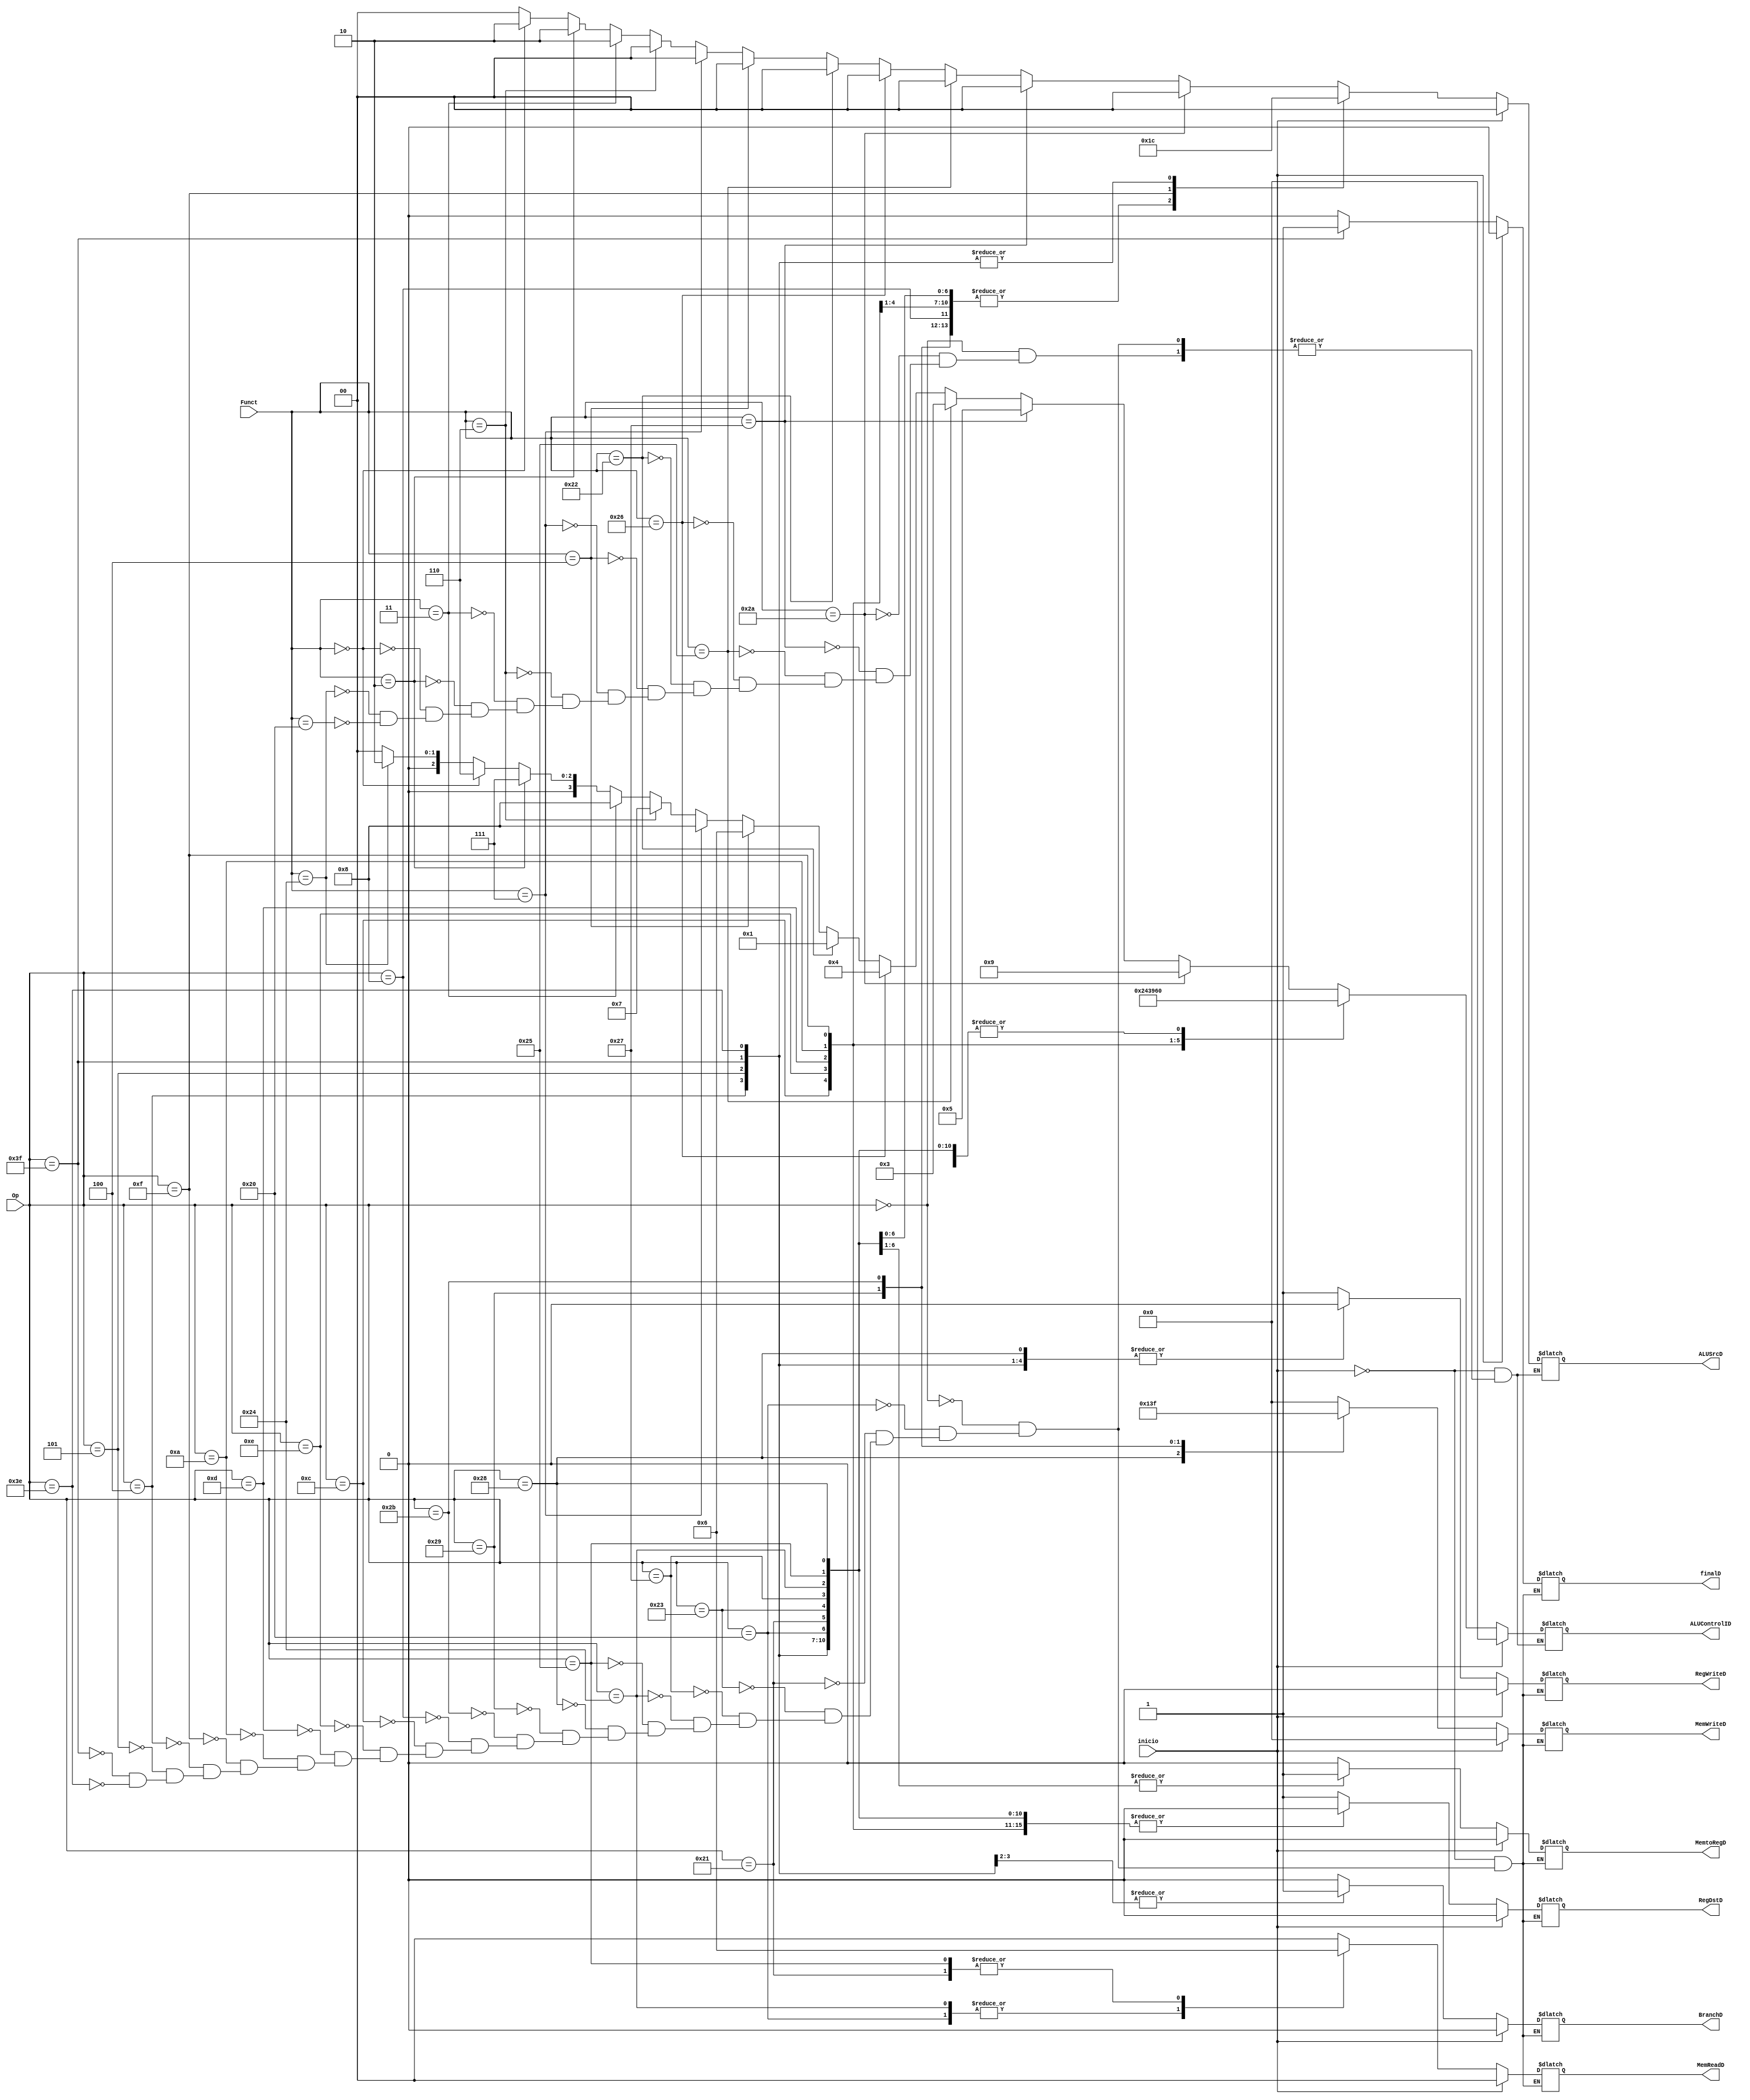
`timescale 1ns / 1ps	
//////////////////////////////////////////////////////////////////////////////////
// Company: 
// Engineer: 
// 
// Design Name: 
// Module Name:    Control_Unit 
// Project Name: 
// Target Devices: 
// Tool versions: 
// Description: 
//
// Dependencies: 
//
// Revision: 
// Revision 0.01 - File Created
// Additional Comments: 
//
//////////////////////////////////////////////////////////////////////////////////
module Control_Unit(
	input wire [5:0]Op,
	input wire [5:0]Funct,
	input wire inicio,
	output reg [3:0]ALUControlID,
	output reg RegWriteD,
	output reg MemtoRegD,
	output reg [3:0]MemWriteD,		//NO Write 0000, Write Byte 0001, Write half 0011, Write ALL 1111
	output reg BranchD,
	output reg [1:0]ALUSrcD,  		//0 WriteDataE, 1 SignImmE, 2 SignImmE[10:6] para B y para A 2 WriteDataE y 0-1 SrcAE
	output reg RegDstD,				  
	output reg [1:0]MemReadD,    //Read ALL 0, Read Byte 1, Read half 2
	output reg finalD
);

//ADD (0000), SUB(0001), AND(0010), OR(0011), XOR(0100), 
// NOR(0101), SLL(0110), SRL(0111), SRA(1000), SLT(1001)(SET ON LESS THAN, RESULTADO ES UNO SI EL A ES MENOR QUE B)

always @(*)
begin
	if(inicio)
	begin
		ALUControlID <= 0;
		RegWriteD <= 0;
		MemtoRegD <= 0;
		MemWriteD <= 0;
		BranchD <= 0;
		ALUSrcD <= 0;
		RegDstD <= 0;				 
		MemReadD <= 0;
		finalD <= 0;
	end
	else
	begin
	case(Op)
		6'b000000:	//Operacion del tipo R
		begin				
						RegWriteD 		<= 1;
						RegDstD 		<= 1;
						BranchD 		<= 0;
						MemWriteD 		<= 0;
						MemtoRegD 		<= 0;
						MemReadD 		<= 0;
						finalD <= 0;
						
						///--------------LOGICA PARA OBTENER LA OPERACION DE LA ALU-------------///			
						if(Funct == 'b100000) //ADD
						begin
							ALUControlID 	<= 'b0000; 
							ALUSrcD 			<= 0;
						end
						if(Funct == 'b100100) //AND
						begin
							ALUControlID 	<= 'b0010;
							ALUSrcD 			<= 0;
						end
						if(Funct == 'b000000) //SLL SHIFT LOGICAL LEFT
						begin
							ALUControlID 	<= 'b0110;
							ALUSrcD 			<= 2;	  //Deberia llegar el shift por el inmediato, bit del 6 al 10 de la instruccion..
						end
						if(Funct == 'b000010) //SRL SHIFT LOGICAL RIGHT
						begin
							ALUControlID 	<= 'b0111;
							ALUSrcD 			<= 2;	  //shift  bit del 6 al 10 de la instruccion. A SRC B	
						end
						if(Funct == 'b000011) //SRA SHIT ARITMETIC RIGHT
						begin
							ALUControlID 	<= 'b1000; 
							ALUSrcD 			<= 2;	  //Se hace el shift con los bits 6 al 10 de la instruccion.
						end
						if(Funct == 'b000110) //SRLV SHIFT LOGICAL RIGHT VARIABLE
						begin
							ALUControlID 	<= 'b0111;
							ALUSrcD 			<= 0;	 
						end
						if(Funct == 'b000111) //SRAV SHIFT ARITMETIC RIGHT VARIABLE
						begin
							ALUControlID 	<= 'b1000;
							ALUSrcD 			<= 0;	  
						end
						if(Funct == 'b000100) //SLLV SHIFT LEFT WORD BY VARIABLE
						begin
							ALUControlID 	<= 'b0110;
							ALUSrcD 			<= 0;	  
						end
						if(Funct == 'b100010) //SUB 
						begin
							ALUControlID 	<= 'b0001;
							ALUSrcD 			<= 0;	  
						end
						if(Funct == 'b100110) //XOR
						begin
							ALUControlID 	<= 'b0100;
							ALUSrcD 			<= 0;	  
						end
						if(Funct == 'b100101) //OR
						begin
							ALUControlID 	<= 'b0011;
							ALUSrcD 			<= 0;		
						end
						if(Funct == 'b100111) //NOR
						begin
							ALUControlID 	<= 'b0101;
							ALUSrcD 			<= 0;
						end
						if(Funct == 'b101010) //SLT
						begin
							ALUControlID 	<= 'b1001;
							ALUSrcD 			<= 0;
						end
		//------------------------------------------------------------//
		end
		6'b 100000:								//Operacion LB, Load a Byte
		begin
						RegWriteD 		<= 1;
						RegDstD 			<= 0;
						ALUSrcD 			<= 1;
						BranchD 			<= 0;
						MemWriteD 		<= 0;
						MemtoRegD 		<= 1;
						MemReadD 	<= 1;   // mask a byte  de la salida de memoria de datos

						ALUControlID 	<= 'b0000;  //ADD
						finalD <= 0;
		end
		6'b 100001:								//Operacion LH, Load a 2 Byte
		begin
						RegWriteD 		<= 1;
						RegDstD 			<= 0;
						ALUSrcD 			<= 1;
						BranchD 			<= 0;
						MemWriteD 		<= 0;
						MemtoRegD 		<= 1;
						MemReadD 	<= 2;  // mask a half-word de la salidad de memoria de datos
						ALUControlID 	<= 'b0000;	//ADD
						finalD <= 0;
		end
		6'b 100011: 							//Operacion del tipo Load. LW
		begin
						RegWriteD 		<= 1;
						RegDstD 			<= 0;
						ALUSrcD 			<= 1;
						BranchD 			<= 0;
						MemWriteD 		<= 0;
						MemtoRegD 		<= 1;
						MemReadD 	<= 0; // no hay mascara. se obtienen los 32 bits

						ALUControlID 	<= 'b0000; //ADD
						finalD <= 0;
		end
		6'b 100111:								//Operacion LWU, Load Unsigned. Hay que tomarlo como el Load comun.
		begin
						RegWriteD 		<= 1;
						RegDstD 			<= 0;
						ALUSrcD 			<= 1;
						BranchD 			<= 0;
						MemWriteD 		<= 0;
						MemtoRegD 		<= 1;
						MemReadD 	<= 0;
						ALUControlID 	<= 'b0000;	//ADD
						finalD <= 0;
		end	
		6'b 100100:								//Operacion LBU, Load Byte Unsigned. Hay que tomarlo como el Load comun.
		begin
						RegWriteD 		<= 1;
						RegDstD 			<= 0;
						ALUSrcD 			<= 1;
						BranchD 			<= 0;
						MemWriteD 		<= 0;
						MemtoRegD 		<= 1;
						MemReadD 	<= 1;
						ALUControlID 	<= 'b0000;	//ADD
						finalD <= 0;
		end		
		6'b 100101	:								//Operacion LHU, Load Half-Word Unsigned. Hay que tomarlo como el Load comun.
		begin
						RegWriteD 		<= 1;
						RegDstD 			<= 0;
						ALUSrcD 			<= 1;
						BranchD 			<= 0;
						MemWriteD 		<= 0;
						MemtoRegD 		<= 1;
						MemReadD 	<= 2;
						ALUControlID 	<= 'b0000;	//ADD
						finalD <= 0;
		end
		6'b 101000:								//Operacion SB.
		begin
						RegWriteD 		<= 0;
						RegDstD 			<= 0;
						ALUSrcD 			<= 1;
						BranchD 			<= 0;
						MemWriteD 		<= 'b0001;   //SOLO GRABARIA UN BYTE (1 DE 4 MEMORIAS)
						MemtoRegD 		<= 0;
						MemReadD 	<= 0;
						ALUControlID 	<= 'b0000;	//ADD
						finalD <= 0;
		end
		6'b 101001:								//Operacion SH STORE HALF
		begin
						RegWriteD 		<= 0;
						RegDstD 			<= 0;
						ALUSrcD 			<= 1;
						BranchD 			<= 0;
						MemWriteD 		<= 'b0011;   //SOLO GUARDARIA EN 2 DE 4 MEMORIAS
						MemtoRegD 		<= 0;
						MemReadD 	<= 0;
						ALUControlID 	<= 'b0000;	//ADD
						finalD <= 0;
		end
		6'b 101011: 							//Operacion del tipo Storage. SW
		begin
						RegWriteD 		<= 0;
						RegDstD 			<= 0;
						ALUSrcD 			<= 1;
						BranchD 			<= 0; 
						MemWriteD 		<= 'b1111;  //GUARDARIA EN LAS 4 MEMORIAS
						MemtoRegD 		<= 0;
						MemReadD 	<= 0;
						ALUControlID 	<= 'b0000;	//ADD
						finalD <= 0;
		end
		6'b 001000:								//Operacion del tipo ADDI
		begin
						RegWriteD 		<= 1;
						RegDstD 			<= 0;
						ALUSrcD 			<= 1;
						BranchD 			<= 0;
						MemWriteD 		<= 0;
						MemtoRegD 		<= 0;
						MemReadD 	<= 0;
						ALUControlID 	<= 'b0000;	//ADD
						finalD <= 0;
		end
		6'b 001100:								//Operacion ANDI.
		begin
						RegWriteD 		<= 1;
						RegDstD 			<= 0;
						ALUSrcD 			<= 1;
						BranchD 			<= 0;
						MemWriteD 		<= 0;
						MemtoRegD 		<= 0;
						MemReadD 	<= 0;
						ALUControlID 	<= 'b0010;	//AND
						finalD <= 0;
		end
		6'b 001110:								//Operacion XORI.
		begin
						RegWriteD 		<= 1;
						RegDstD 			<= 0;
						ALUSrcD 			<= 1;
						BranchD 			<= 0;
						MemWriteD 		<= 0;
						MemtoRegD 		<= 0;
						MemReadD 	<= 0;
						ALUControlID 	<= 'b0100;	//XOR
						finalD <= 0;
		end
		6'b 001101:								//Operacion ORI.
		begin
						RegWriteD 		<= 1;
						RegDstD 			<= 0;
						ALUSrcD 			<= 1;
						BranchD 			<= 0;
						MemWriteD 		<= 0;
						MemtoRegD 		<= 0;
						MemReadD 	<= 0;
						ALUControlID 	<= 'b0011;	//OR
						finalD <= 0;
		end
		6'b 001010:								//Operacion SLTI. 
		begin
						RegWriteD 		<= 1;
						RegDstD 			<= 0;
						ALUSrcD 			<= 1;
						BranchD 			<= 0;
						MemWriteD 		<= 0;
						MemtoRegD 		<= 0;
						MemReadD 	<= 0;
						ALUControlID 	<= 'b1001; //SLT
						finalD <= 0;						
		end
		6'b 001111:								//Operacion LUI. 
		begin
						RegWriteD 		<= 1;
						RegDstD 			<= 0;
						ALUSrcD 			<= 3;   //VER QUE PONEN 16
						BranchD 			<= 0;
						MemWriteD 		<= 0;
						MemtoRegD 		<= 0;
						MemReadD 	<= 0;
						ALUControlID 	<= 'b0110; //SLL
						finalD <= 0;
		end
		6'b 000100: 							//Operacion del tipo BEQ
		begin
						RegWriteD 		<= 0;
						RegDstD 			<= 0;
						ALUSrcD 			<= 0;
						BranchD 			<= 1;
						MemWriteD 		<= 0;
						MemtoRegD 		<= 0;
						MemReadD 	<= 0;
						ALUControlID 	<= 0; 
						finalD <= 0;
		end
		6'b 000101:								//Operacion BNE. 
		begin
						RegWriteD 		<= 0;
						RegDstD 			<= 0;
						ALUSrcD 			<= 0;
						BranchD 			<= 1;
						MemWriteD 		<= 0;
						MemtoRegD 		<= 0;
						MemReadD 	<= 0;
						ALUControlID 	<= 0; 
						finalD <= 0;						
		end
		6'b 111111:								//Operacion END. FC
		begin
			ALUControlID <= 0;
			RegWriteD <= 0;
			MemtoRegD <= 0;
			MemWriteD <= 0;
			BranchD <= 0;
			ALUSrcD <= 0;
			RegDstD <= 0;				 
			MemReadD <= 0;
			finalD <= 1;
		end	
		
		6'b 111110:								//Operacion FINISH F8. 
		begin
			ALUControlID <= 0;
			RegWriteD <= 0;
			MemtoRegD <= 0;
			MemWriteD <= 0;
			BranchD <= 0;
			ALUSrcD <= 0;
			RegDstD <= 0;				 
			MemReadD <= 0;
			finalD <= 0;
		end	
		
	endcase
	end
end

endmodule